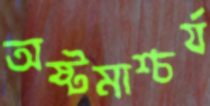
অষ্টমাশ্চর্য